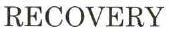
RECOVERY